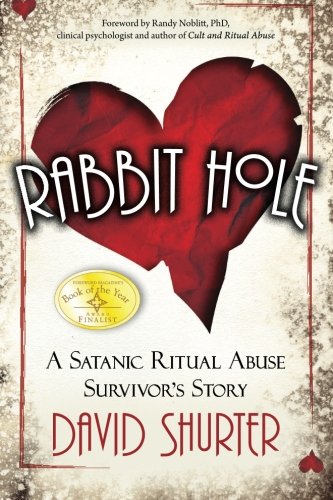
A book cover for Rabbit Hole: A Satanic Ritual Abuse Survivor's Story; David Shurter; Politics & Social Sciences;